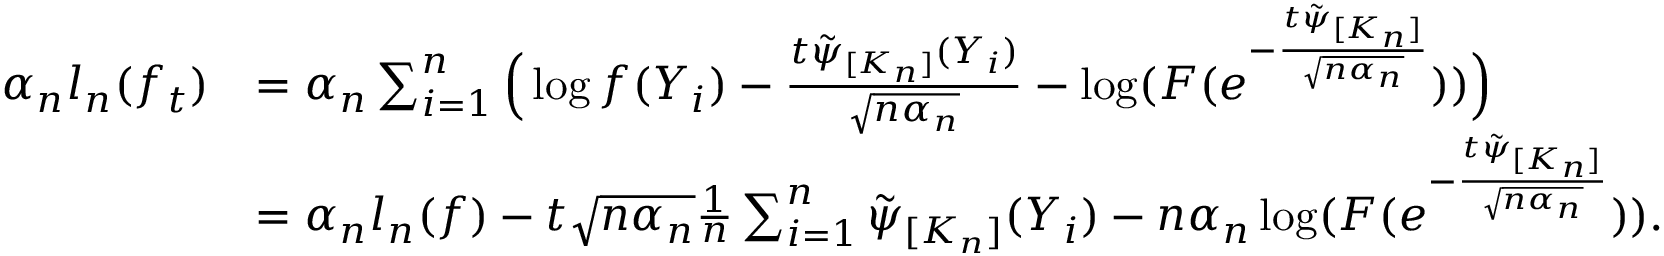
\begin{array} { r l } { \alpha _ { n } l _ { n } ( f _ { t } ) } & { = \alpha _ { n } \sum _ { i = 1 } ^ { n } \Big ( \log f ( Y _ { i } ) - \frac { t \tilde { \psi } _ { [ K _ { n } ] } ( Y _ { i } ) } { \sqrt { n \alpha _ { n } } } - \log ( F ( e ^ { - \frac { t \tilde { \psi } _ { [ K _ { n } ] } } { \sqrt { n \alpha _ { n } } } } ) ) \Big ) } \\ & { = \alpha _ { n } l _ { n } ( f ) - t \sqrt { n \alpha _ { n } } \frac { 1 } { n } \sum _ { i = 1 } ^ { n } \tilde { \psi } _ { [ K _ { n } ] } ( Y _ { i } ) - n \alpha _ { n } \log ( F ( e ^ { - \frac { t \tilde { \psi } _ { [ K _ { n } ] } } { \sqrt { n \alpha _ { n } } } } ) ) . } \end{array}